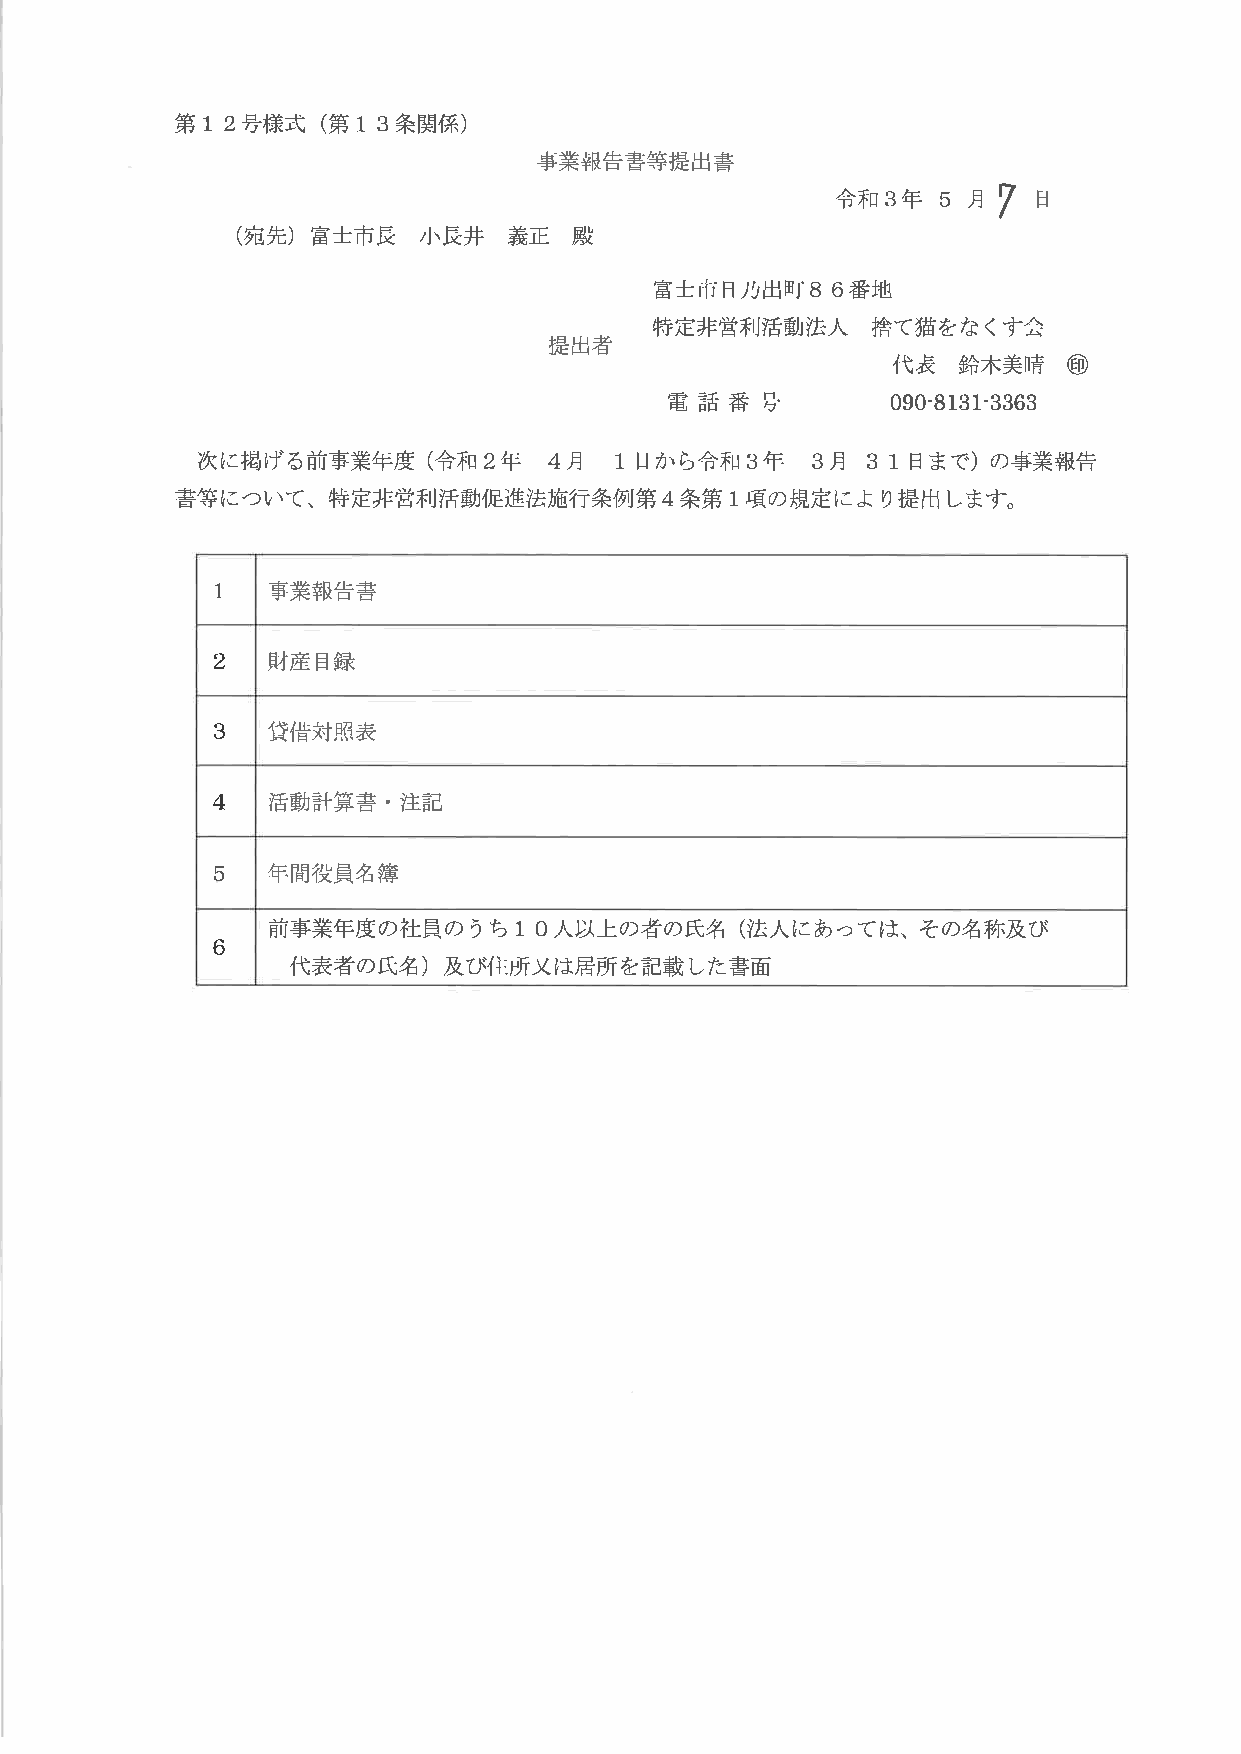
12号        13条
 第    様式  (第     関係
 )
 事業報告書等提出書
 令和3年   5月  7  日
 (宛先)富士市長    小長井   義正  殿
 86番
 富士市日乃出町        地
 特定非営利活動法人      捨て猫をなくす会
 提出者
 代表  鈴木美晴    ⑪
 電 話 番 号       090‐8131‐3863
 次に掲げる前事業年度     (令和2年   4月  1日 から令和3年    3月  31日 まで)の事業報告
 書等について、特定非営利活動促進法施行条例第4条第1項の規定により提出します。
 1   事業報告書
 2   財産目録
 3   貸借対照表
 4   活動計算書・注記
 5   年間役員名簿
 前事業年度の社員のうち10人      以上の者の氏名    (法人にあつては、その名称及び
 6
 代表者の氏名)及び住所又は居所を記載した書面